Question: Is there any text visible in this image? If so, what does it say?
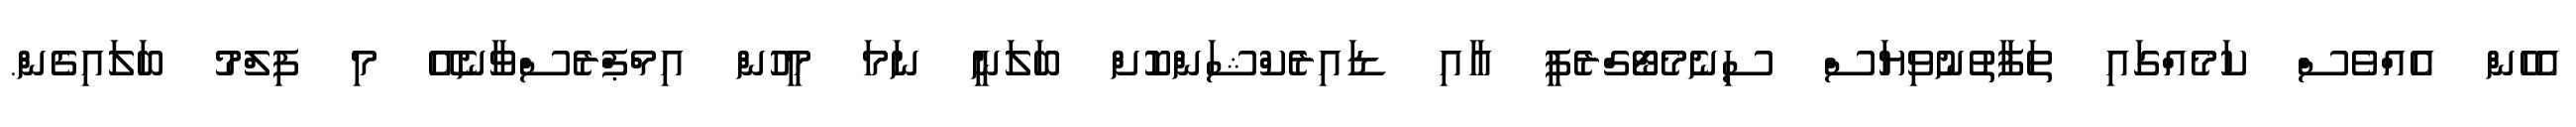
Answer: އެހެން އެއްވެސް ކަމެއްގައި ތަފާތުނުވިޔަސް ސިނެމެޓޯގްރެފީ އާއި ޑައިރެކްޝަންކޮށް ބަލަނީ ނަމަ މީހުން އިމްޕްރެސްވާނެއޭ މި ފިލްމު ބަލައިގެން.